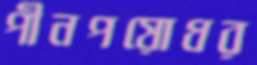
পীনপয়োধর